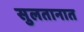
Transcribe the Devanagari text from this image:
सुलतानात